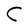
Character: C